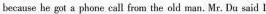
because he got a phone call from the old man. Mr. Du said I